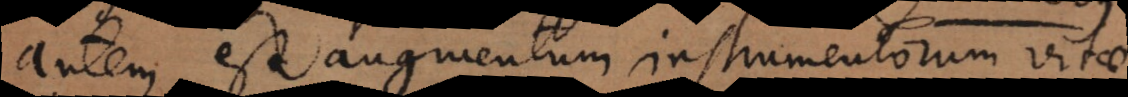
autem est augmentum instrumentorum vitae